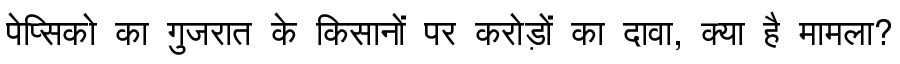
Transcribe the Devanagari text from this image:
पेप्सिको का गुजरात के किसानों पर करोड़ों का दावा, क्या है मामला?